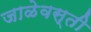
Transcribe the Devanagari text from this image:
जाळेवस्ती